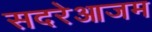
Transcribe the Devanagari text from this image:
सदरेआजम